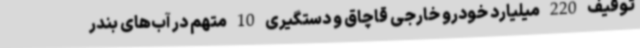
توقیف 220 میلیارد خودرو خارجی قاچاق و دستگیری 10 متهم در آب‌های بندر